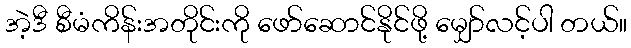
အဲ့ဒီ စီမံကိန်းအတိုင်းကို ဖော်ဆောင်နိုင်ဖို့ မျှော်လင့်ပါ တယ်။